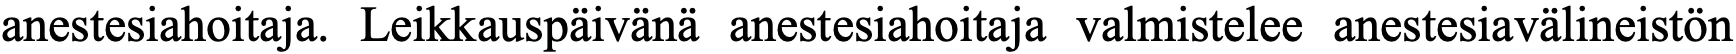
anestesiahoitaja. Leikkauspäivänä anestesiahoitaja valmistelee anestesiavälineistön